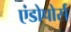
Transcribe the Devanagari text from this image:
एंडोपोर्स